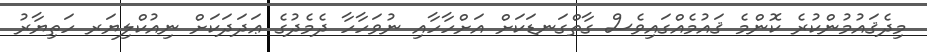
މިދެޤައުމުންކުރެ ކޮންމެ ޤައުމެއްގައިވެސް ގާތްގަނޑަކަށް އަށްހާހާއި ނުވަހާހާ ދެމެދުގެ ޢަދަދަކަށް ނިއުކްލިޔަރ ހަތިޔާރު